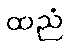
ထညံ